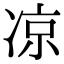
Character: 凉